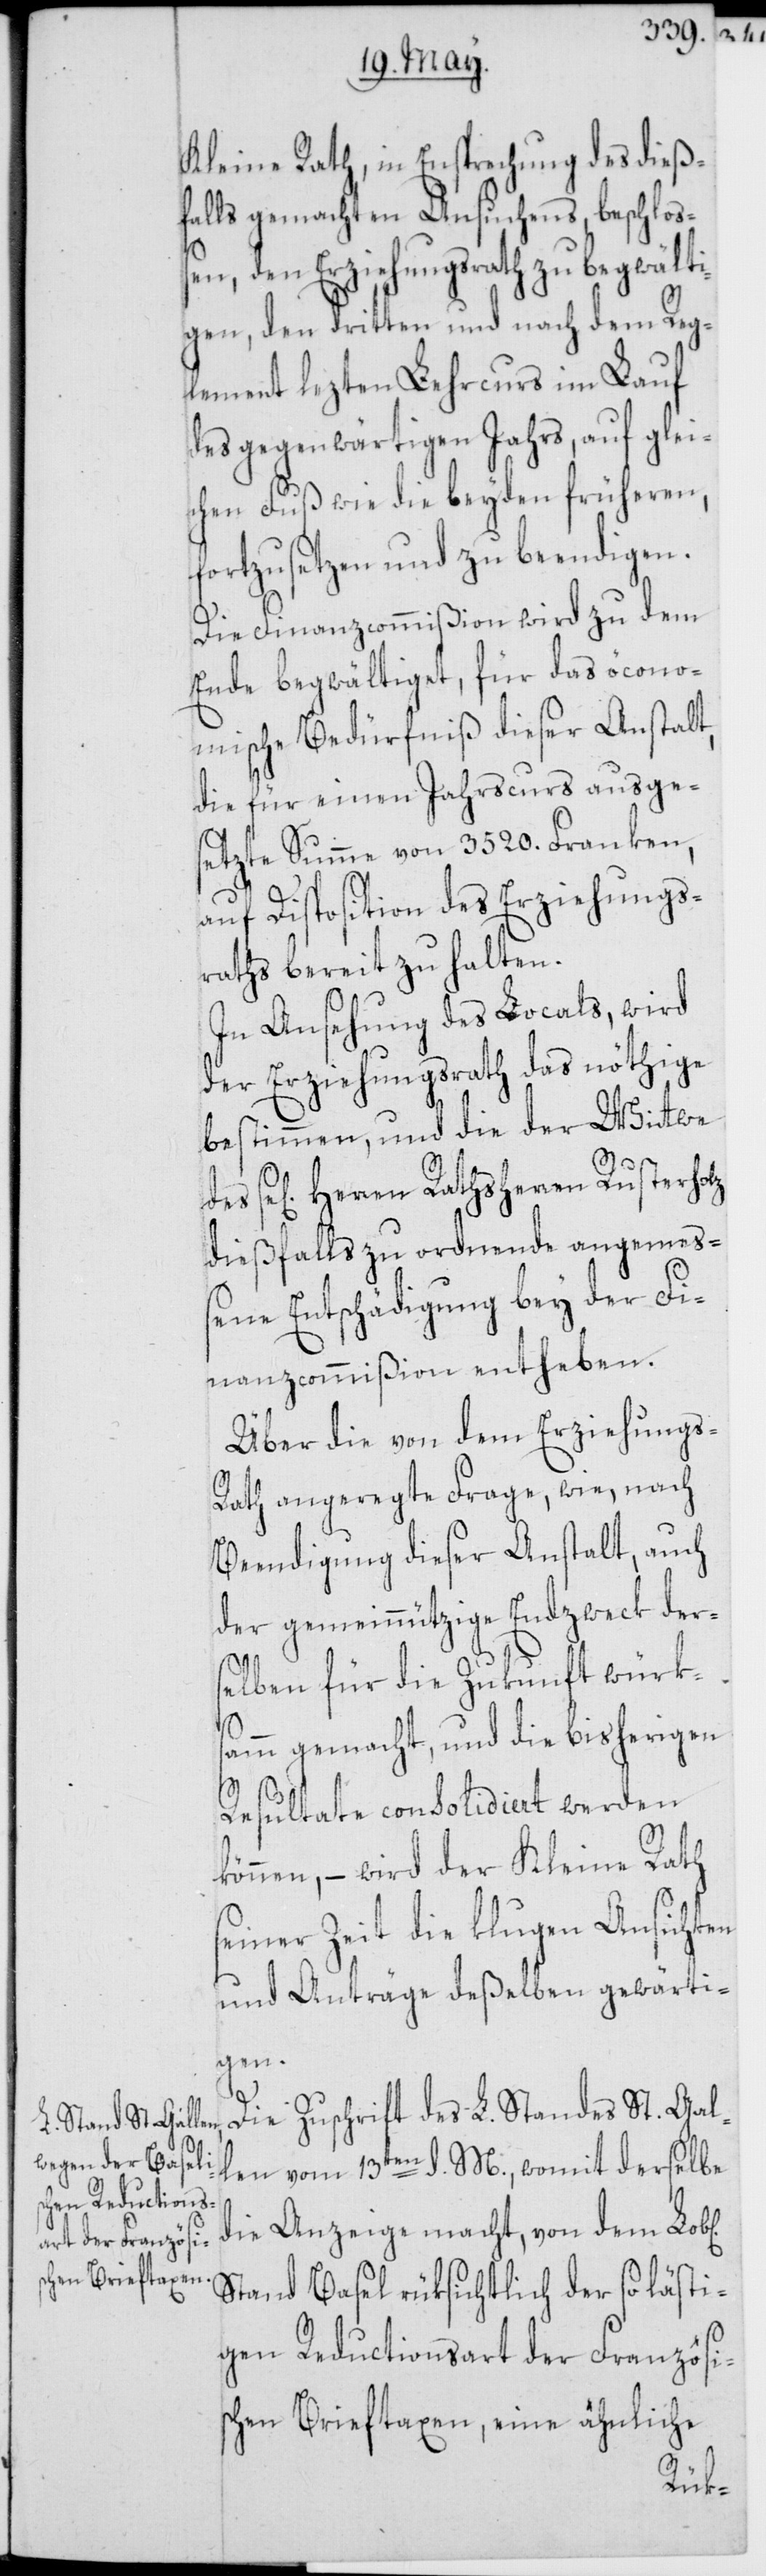
Kleine Rath, in Entsprechung des dieß¬
falls gemachten Ansuchens, beschloß¬
en, den Erziehungsrath zu begwälti¬
gen, den dritten und nach dem Reg¬
lement lezten Lehrcurs im Lauf
des gegenwärtigen Jahrs, auf glei¬
chen Fuß wie die beyden früheren,
fortzusetzen und zu beendigen.
Die Finanzcommißion wird zu dem
Ende begwältiget, für das öcono¬
mische Bedürfniß dieser Anstalt,
die für einen Jahrscurs ausge¬
setzte Summe von 3520. Franken,
auf Disposition des Erziehungs¬
raths bereit zu halten.
In Ansehung des Locals, wird
der Erziehungsrath das nöthige
bestimmen, und die der Wittwe
gen] Herren Rathsherren Rusterholz
dießfalls zu ordnende angemeß¬
ene Entschädigung bey der Fi¬
nanzcommißion entheben.
Über die von dem Erziehungs-R¬
ath angeregt Frage, wie, nach
Beendigung dieser Anstalt, auch
der gemeinnützige Endzweck der¬
selben für die Zukunft würks¬
amm gemacht, und die bisherigen
Resultate consolidiert werden
können, – wird der Kleine Rath
seiner Zeit die klugen Ansichten
und Anträge deßelben gewärti¬
ichen]
Die Zuschrift des L. Standes St. Gal¬
len vom 13ten d. M., womit derselbe
die Anzeige macht, von dem Lob[l¬
Stand Basel rüksichtlich der so lästi¬
gen Reductionsart der Französis¬
chen Brieftaxen, eine ähnliche
se[li¬